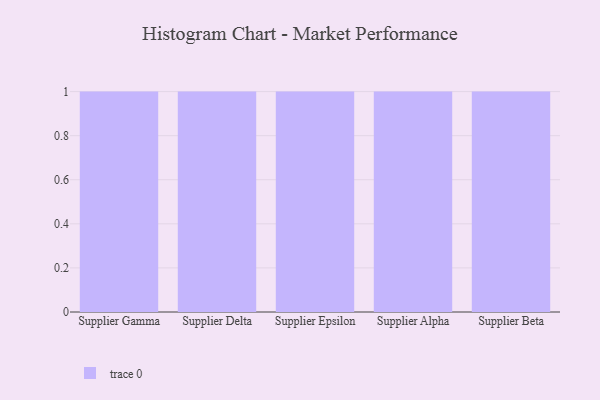
{"axis": {"x": "Supplier", "y": "Market Share (%)"}, "legend": [""], "data": [{"x": "Supplier Gamma", "y": 63, "type": ""}, {"x": "Supplier Delta", "y": 81, "type": ""}, {"x": "Supplier Epsilon", "y": 99, "type": ""}, {"x": "Supplier Alpha", "y": 44, "type": ""}, {"x": "Supplier Beta", "y": 49, "type": ""}]}